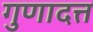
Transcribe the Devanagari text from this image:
गुणादत्त